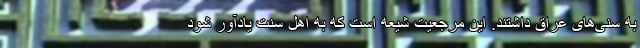
به سنی‌های عراق داشتند. این مرجعیت شیعه است که به اهل سنت یادآور شود